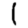
Digit: 1